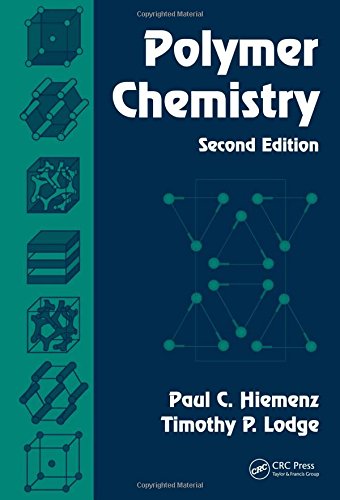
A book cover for Polymer Chemistry, Second Edition; Paul C. Hiemenz; Science & Math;